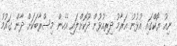
ނިއު ޔޯކްގައި އުޅުނު އަރާމު ދިރިއުޅުން ދޫކޮށްލައި އެހެން މިސްރާބަކަށް ދާން ގައުމު